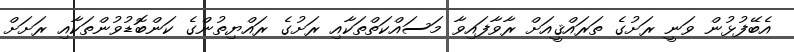
އެބޭފުޅުން ވަނީ ރަށުގެ ތަރައްޤީއަށް ރާވާފައިވާ މަސައްކަތްތަކާއި ރަށުގެ ރައްޔިތުންގެ ކަންބޮޑުވުންތަކާއި ރަށަށް